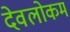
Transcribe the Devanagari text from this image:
देवलोकम